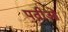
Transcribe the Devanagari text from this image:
पत्नीओं